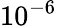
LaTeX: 10^{-6}